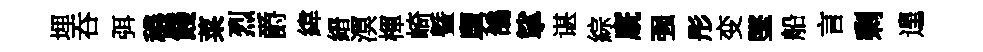
埋吞弭穠餞菜烈爵緯縉溟楎崎曁舅鴿挲谌綜廐强彤变墜船言剩遑